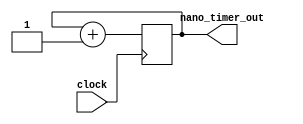
//This is a 32-bit counter that is used to keep track of nanoseconds
//between GPS PPS signal
module nano_timer (input clock , output reg [31:0] nano_timer_out); 

	// Trigger on the rising edge of the system clock
	always @ (posedge clock)
	begin 
	   nano_timer_out <= #1 nano_timer_out + 1;
	end 
endmodule